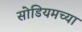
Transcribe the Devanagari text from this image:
सोडियमच्या